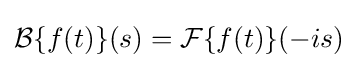
{\mathcal {B}}\{f(t)\}(s)={\mathcal {F}}\{f(t)\}(-is)